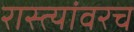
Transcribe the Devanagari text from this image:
रास्त्यांवरच